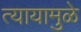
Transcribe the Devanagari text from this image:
त्यायामुळे